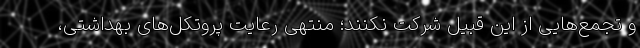
و تجمع‌هایی از این قبیل شرکت نکنند؛ منتهی رعایت پروتکل‌های بهداشتی،